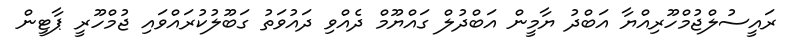
ރައީސުލްޖުމްހޫރިއްޔާ އަބްދު ޔާމީން އަބްދުލް ގައްޔޫމް ދެއްވި ދައުވަތު ގަބޫލުކުރައްވައި ޖުމްހޫރީ ޕާޓީން